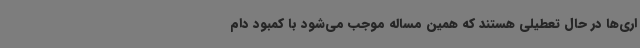
اری‌ها در حال تعطیلی هستند که همین مساله موجب می‌شود با کمبود دام